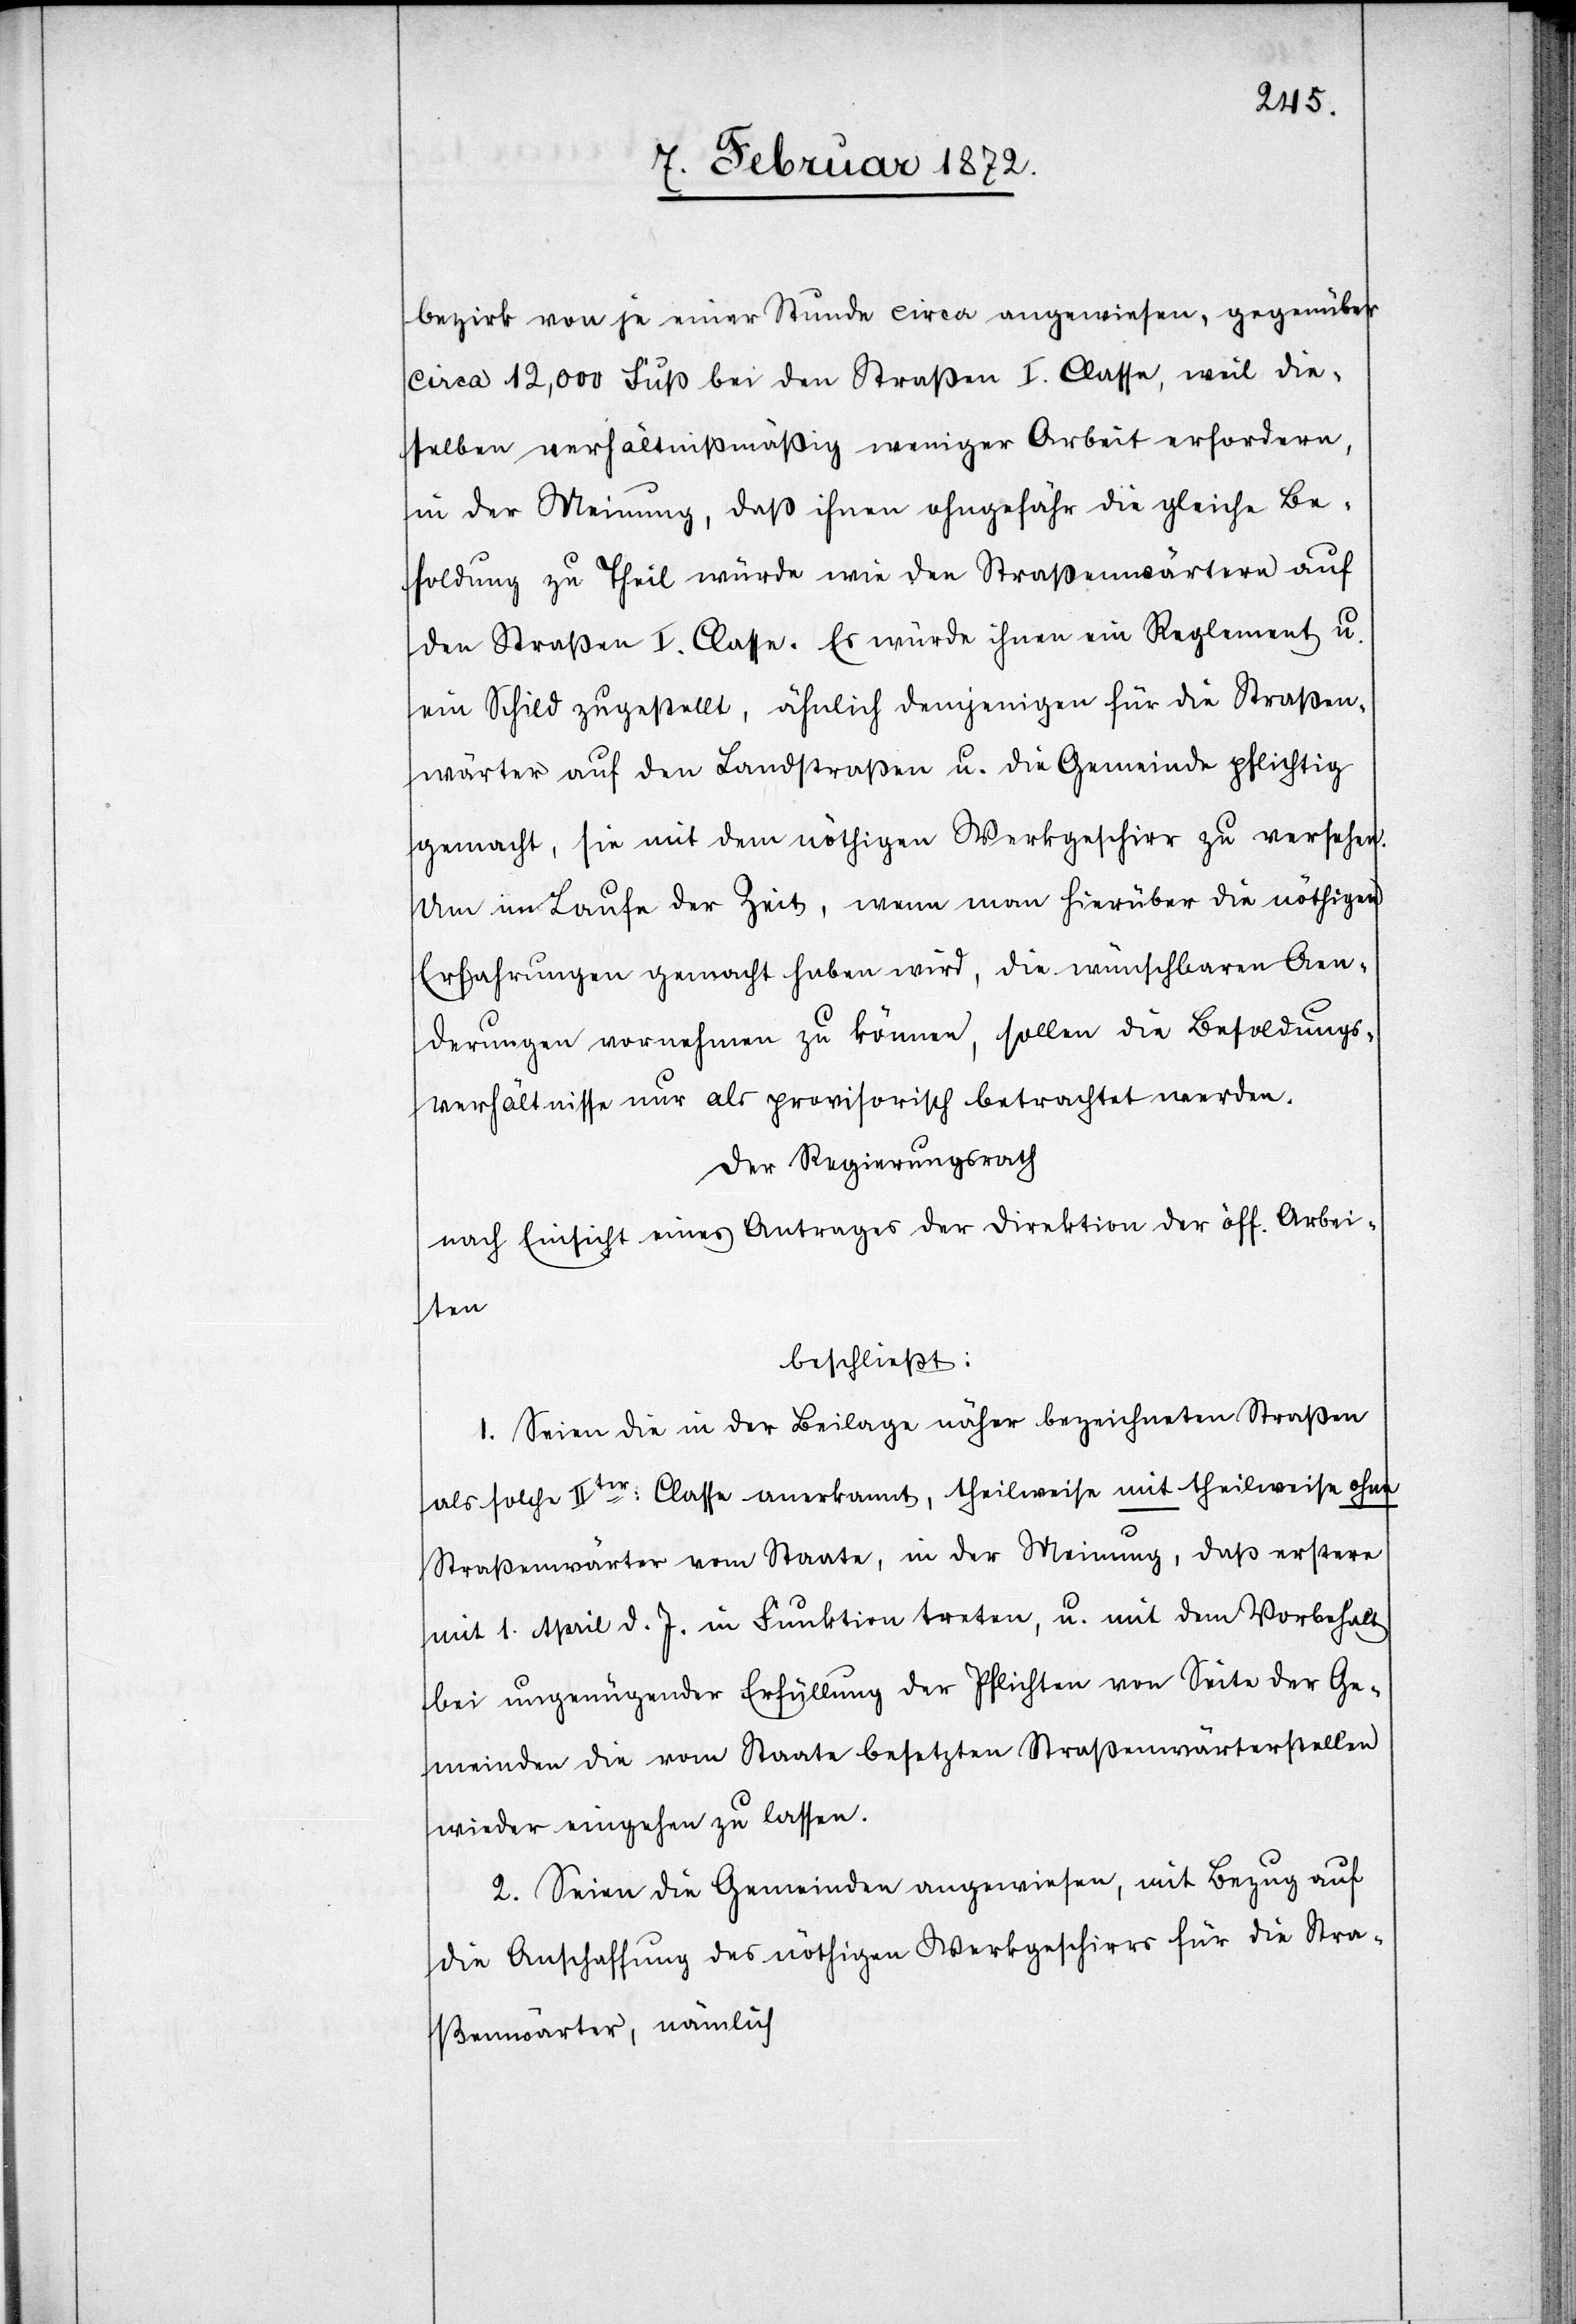
bezirk von je einer Stunde circa angewiesen, gegenüber
circa 12,000 Fuß bei den Straßen I. Classe, weil die¬
selben verhältnißmäßig weniger Arbeit erfordern,
in der Meinung, daß ihnen ohngefähr [sic!] die gleiche Be¬
soldung zu Theil würde wie den Straßenwärtern auf
den Straßen I. Classe. Es würde ihnen ein Reglement u.
ein Schild zugestellt, ähnlich denjenigen für die Straßen¬
wärter auf den Landstraßen u. die Gemeinde pflichtig
gemacht, sie mit dem nöthigen Werkgeschirr zu versehen.
Um im Laufe der Zeit, wenn man hierüber die nöthigen
Erfahrungen gemacht haben wird, die wünschbaren Aen¬
derungen vornehmen zu können, sollen die Besoldungs¬
verhältnisse nur als provisorisch betrachtet werden.
Der Regierungsrath
nach Einsicht eines Antrages der Direktion der öffentli¬
chen
beschließt:
1. Seien die in der Beilage näher bezeichneten Straßen
als solche IIter Classe anerkannt, theilweise mit theilweise ohne
Straßenwärter vom Staate, in der Meinung, daß erstere
mit 1. April d. J. in Funktion treten, u. mit dem Vorbehalt
bei ungenügender Erfüllung der Pflichten von Seite der Ge¬
meinden die vom Staate besetzten Straßenwärterstellen
wieder eingehen zu lassen.
2. Seien die Gemeinden angewiesen, mit Bezug auf
die Anschaffung des nötigen Werkgeschirrs für die Stra¬
ßenwärter, nämlich